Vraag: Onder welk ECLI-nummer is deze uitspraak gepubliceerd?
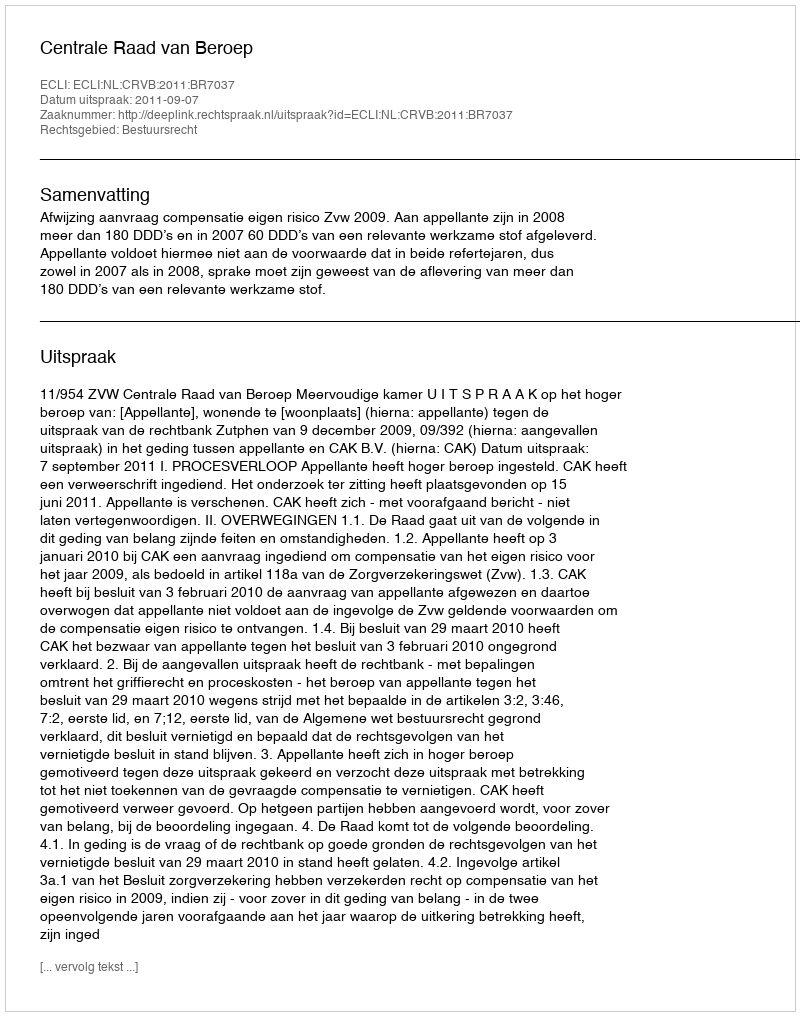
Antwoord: ECLI:NL:CRVB:2011:BR7037